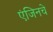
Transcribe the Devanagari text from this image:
एंजिनचे